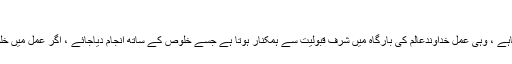
تثبیت اخلاص
تمام اعمال کی قبولیت میں اخلاص انتہائی اہم کردار ادا کرتاہے ، وہی عمل خداوندعالم کی بارگاہ میں شرف قبولیت سے ہمکنار ہوتا ہے جسے خلوص کے ساتھ انجام دیاجائے ، اگر عمل میں خلوص نہیں تو انسان کا عمل اس کے منھ پرمار دیاجاتا ہے ۔